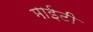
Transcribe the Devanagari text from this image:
माईटी